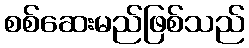
စစ်ဆေးမည်ဖြစ်သည်